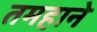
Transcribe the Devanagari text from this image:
तमहाने